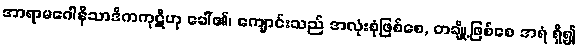
အာရာမဂေါနိသာဒိကကုဋိဟု ခေါ်၏၊ ကျောင်းသည် အလုံးစုံဖြစ်စေ, တချို့ဖြစ်စေ အရံ ရှိ၍